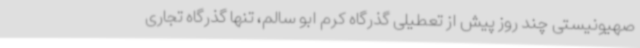
صهیونیستی چند روز پیش از تعطیلی گذرگاه کرم ابو سالم، تنها گذرگاه تجاری